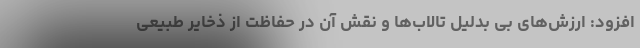
افزود: ارزش‌های بی بدلیل تالاب‌ها و نقش آن در حفاظت از ذخایر طبیعی